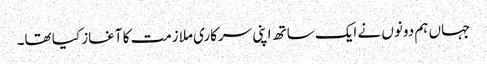
جہاں ہم دونوں نے ایک ساتھ اپنی سرکاری ملازمت کا آغاز کیا تھا۔